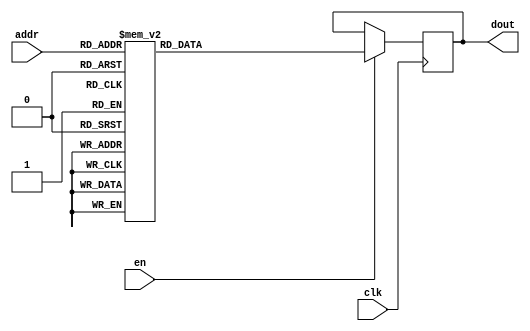
`timescale 1ns / 1ps
/*
Copyright
All right reserved.
Module Name: rom_syn
Author  : Zichuan Liu, Yixing Li and Wenye Liu.
Description:
A synthesized ROM: ROM_DEP x ROM_WID
*/
module DC_8_REF_ROM_6(
// inputs
clk,
en,
addr,
// outputs
dout
);
localparam ROM_WID = 14;
localparam ROM_DEP = 32;
localparam ROM_ADDR = 5;
// input definition
input clk;
input en;
input [ROM_ADDR-1:0] addr;
// output definition
output [ROM_WID-1:0] dout;
reg [ROM_WID-1:0] data;
always @(posedge clk)
begin
if (en) begin
case(addr)
		5'd0: data <= 14'b01000010101001;
		5'd1: data <= 14'b01001001010001;
		5'd2: data <= 14'b01000010111010;
		5'd3: data <= 14'b01000110101111;
		5'd4: data <= 14'b01001001001001;
		5'd5: data <= 14'b01001010100111;
		5'd6: data <= 14'b01001000011111;
		5'd7: data <= 14'b01001000101100;
		5'd8: data <= 14'b01000100101010;
		5'd9: data <= 14'b01000101101000;
		5'd10: data <= 14'b01001000001010;
		5'd11: data <= 14'b01001000011111;
		5'd12: data <= 14'b01001110100011;
		5'd13: data <= 14'b01000011100010;
		5'd14: data <= 14'b01001100000110;
		5'd15: data <= 14'b01000010011000;
		5'd16: data <= 14'b01000111101010;
		5'd17: data <= 14'b01000010010101;
		5'd18: data <= 14'b01001011101011;
		5'd19: data <= 14'b01001101101001;
		5'd20: data <= 14'b01001101100001;
		5'd21: data <= 14'b01001010111110;
		5'd22: data <= 14'b01001000110011;
		5'd23: data <= 14'b01001011111000;
		5'd24: data <= 14'b01001001000000;
		5'd25: data <= 14'b01001010001010;
		5'd26: data <= 14'b01001011010100;
		5'd27: data <= 14'b01000100001011;
		5'd28: data <= 14'b01001000000100;
		5'd29: data <= 14'b01001011110000;
		5'd30: data <= 14'b01000111011111;
		5'd31: data <= 14'b01000110110011;
		endcase
		end
	end
	assign dout = data;
endmodule